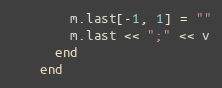
Language: Ruby
        m.last[-1, 1] = ""
        m.last << ";" << v
      end
    end